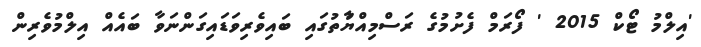
'އިލްމު ޓޯކް 2015 ' ފޯރަމް ފެށުމުގެ ރަސްމިއްޔާުތުގައި ބައިވެރިވަޑައިގަންނަވާ ބައެއް އިލްމުވެރިން